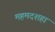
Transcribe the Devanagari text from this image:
महमदशहा